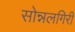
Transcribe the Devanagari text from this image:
सोन्नलगिरी